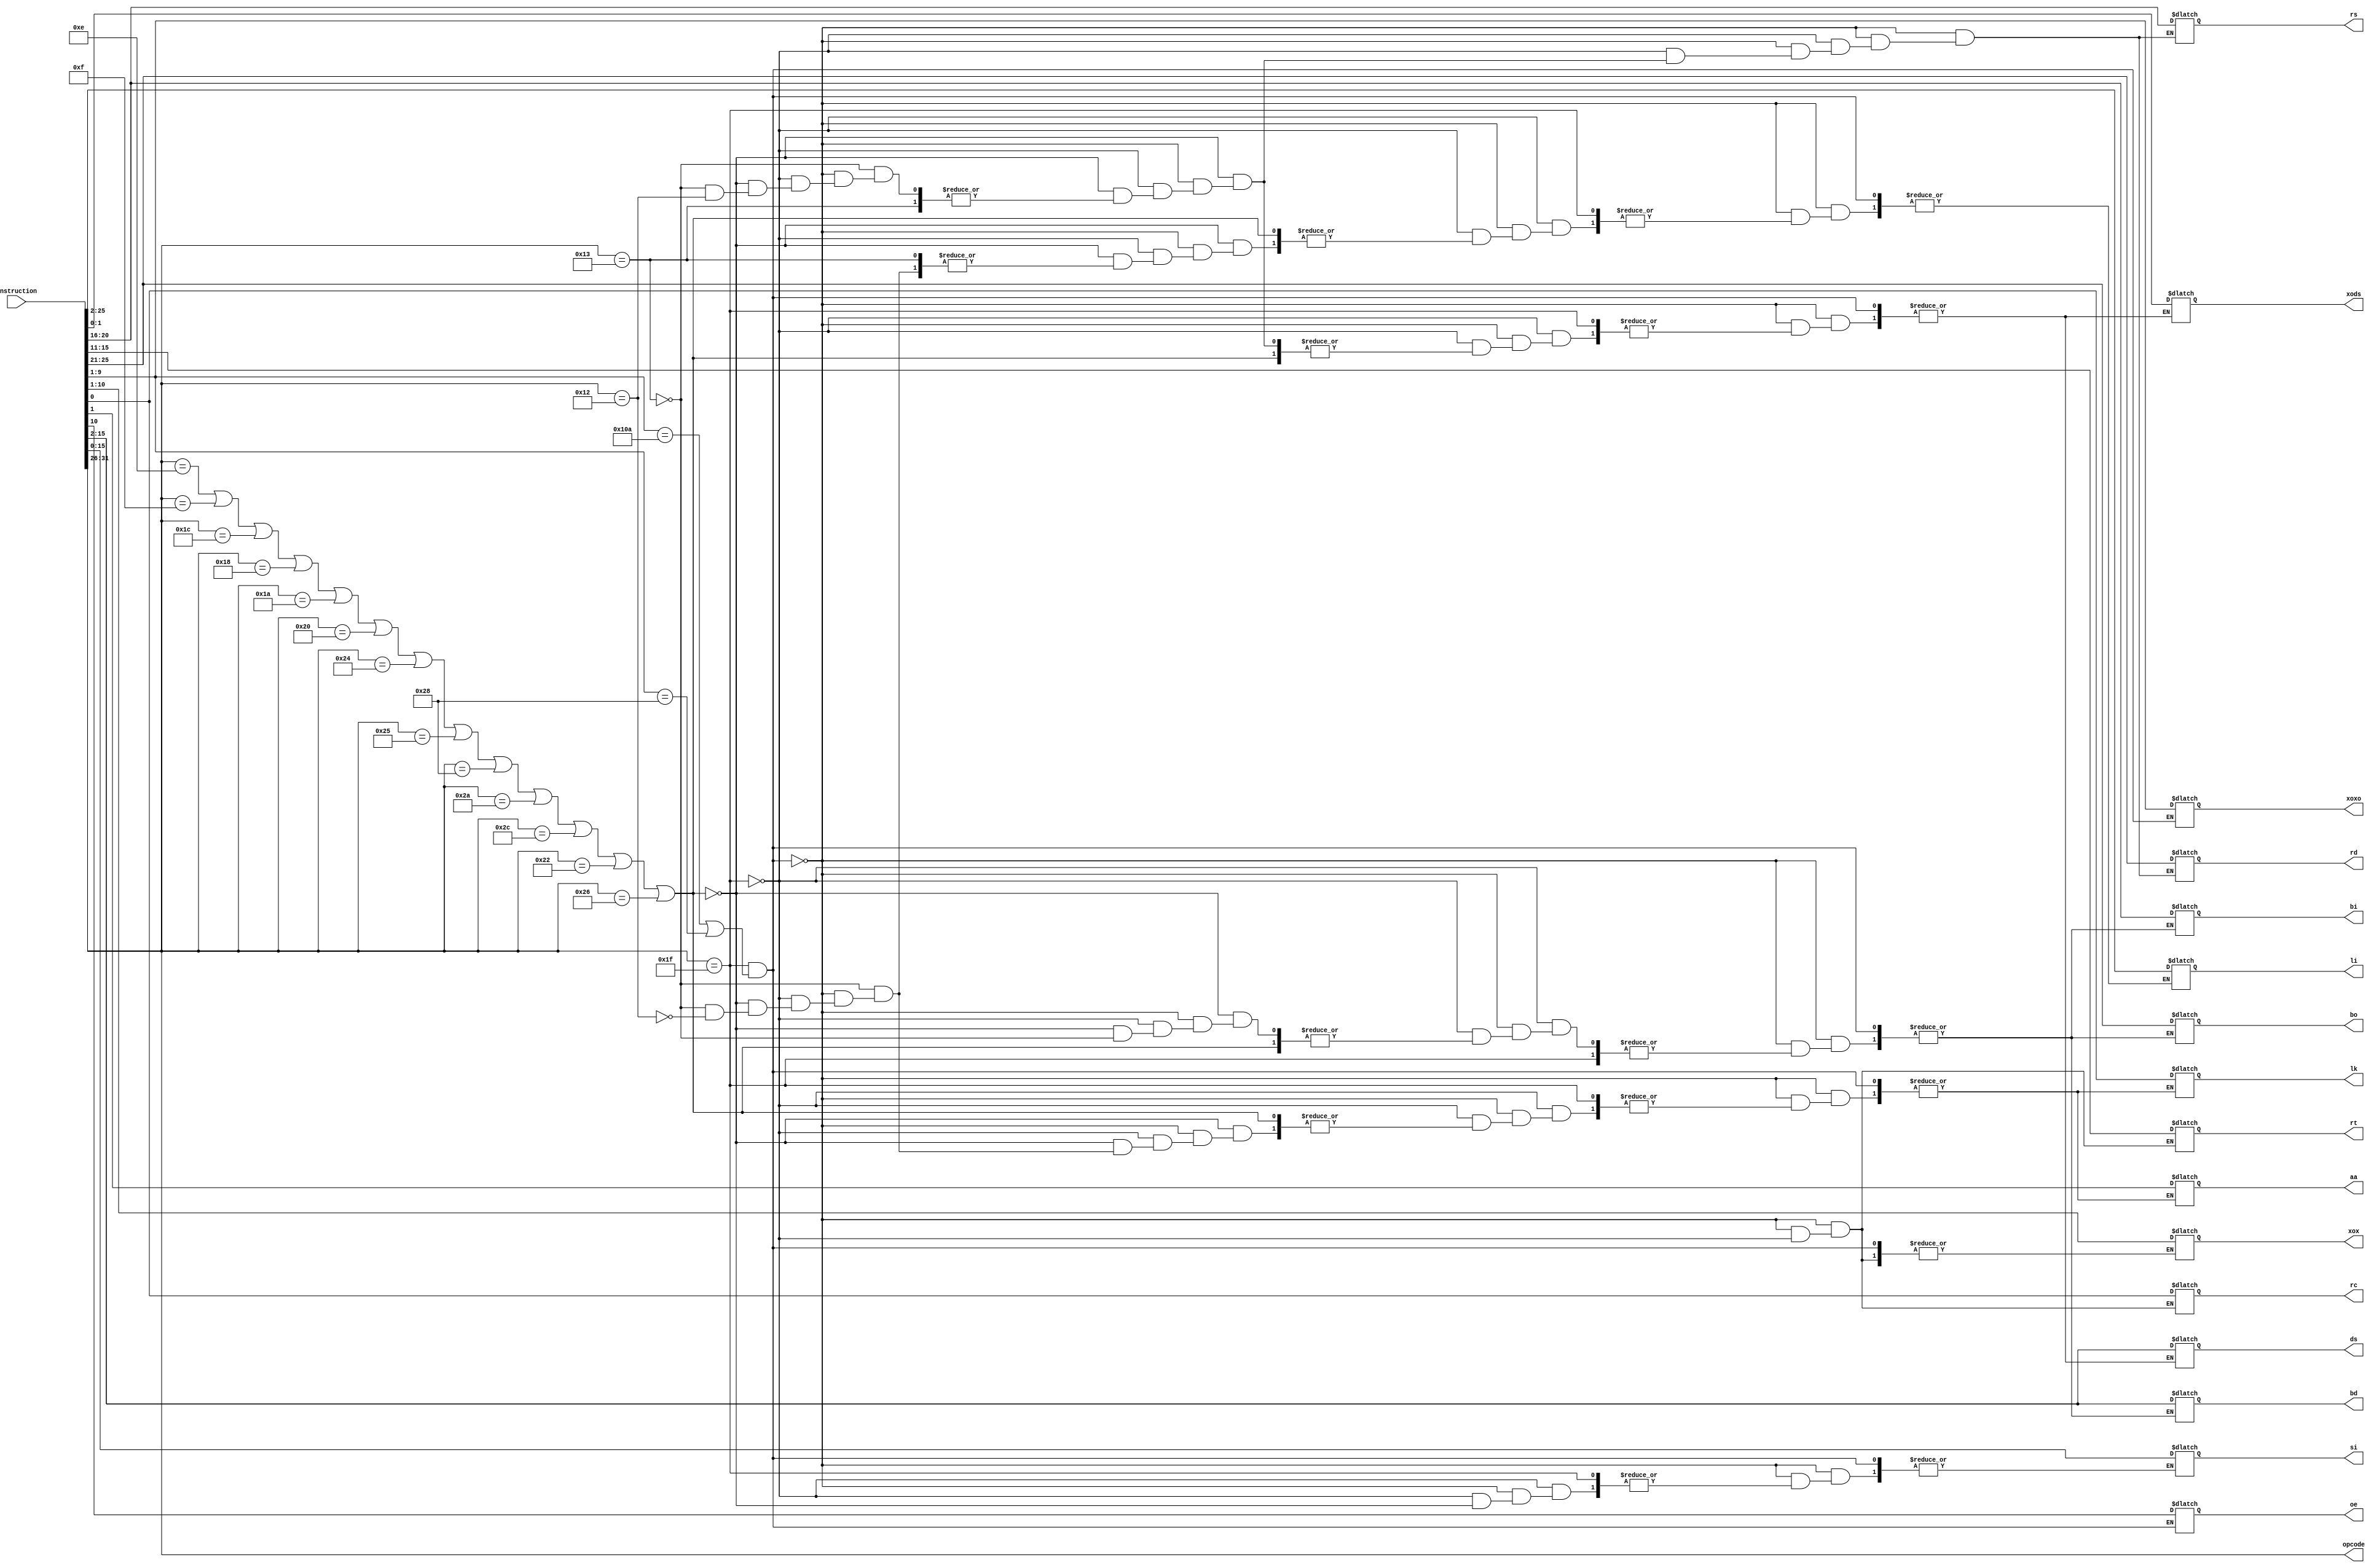
module InstructionParse (
    output wire [5:0] opcode,
    output reg [4:0] rs,rt,rd,bo,bi,
    output reg [8:0] xoxo,
    output reg [9:0] xox,
    output reg rc,aa,lk,oe,
    output reg [13:0] bd,ds,
    output reg [15:0] si,
    output reg [23:0] li,
    output reg [1:0] xods,
    input [31:0] instruction
);
assign opcode = instruction[31:26];

always @(instruction)
 begin
    
    
     if(opcode == 6'd31 & (instruction[9:1] == 9'd266 | instruction[9:1] == 9'd40) )
      begin
          rd = instruction[25:21];
          rs = instruction[20:16];
          rt = instruction[15:11];
          xoxo = instruction[9:1];
          oe = instruction[10];
          rc = instruction[0];
      end
      else if(opcode == 6'd31)
      begin
         xox = instruction[10:1];
         rc = instruction[0];
         rd = instruction[25:21];
         rs = instruction[20:16];
         rt = instruction[15:11];
      end
      else if(opcode ==  6'd14 | opcode == 6'd15 | opcode == 6'd28 |opcode == 6'd24 |opcode == 6'd26 |opcode == 6'd32 |opcode == 6'd36 |opcode == 6'd37 |opcode == 6'd40 | opcode == 6'd42 |opcode == 6'd44 |opcode == 6'd34 |opcode == 6'd38 )
       begin
           rd = instruction[25:21];
           rs = instruction[20:16];
           si = instruction[15:0];
       end  
      else if(opcode == 6'd19)
       begin
         bo = instruction[25:21];
         bi = instruction[20:16];
         aa = instruction[1];
         lk = instruction[0];
         bd = instruction[15:2];
       end
      else if(opcode == 6'd18)
      begin
          li = instruction[25:2];
          aa = instruction[1];
          lk = instruction[0];
      end
      else 
       begin
        rd = instruction[25:21];
        rs = instruction[20:16];
        ds = instruction[15:2];
        xods = instruction[1:0];
      end
 end
endmodule